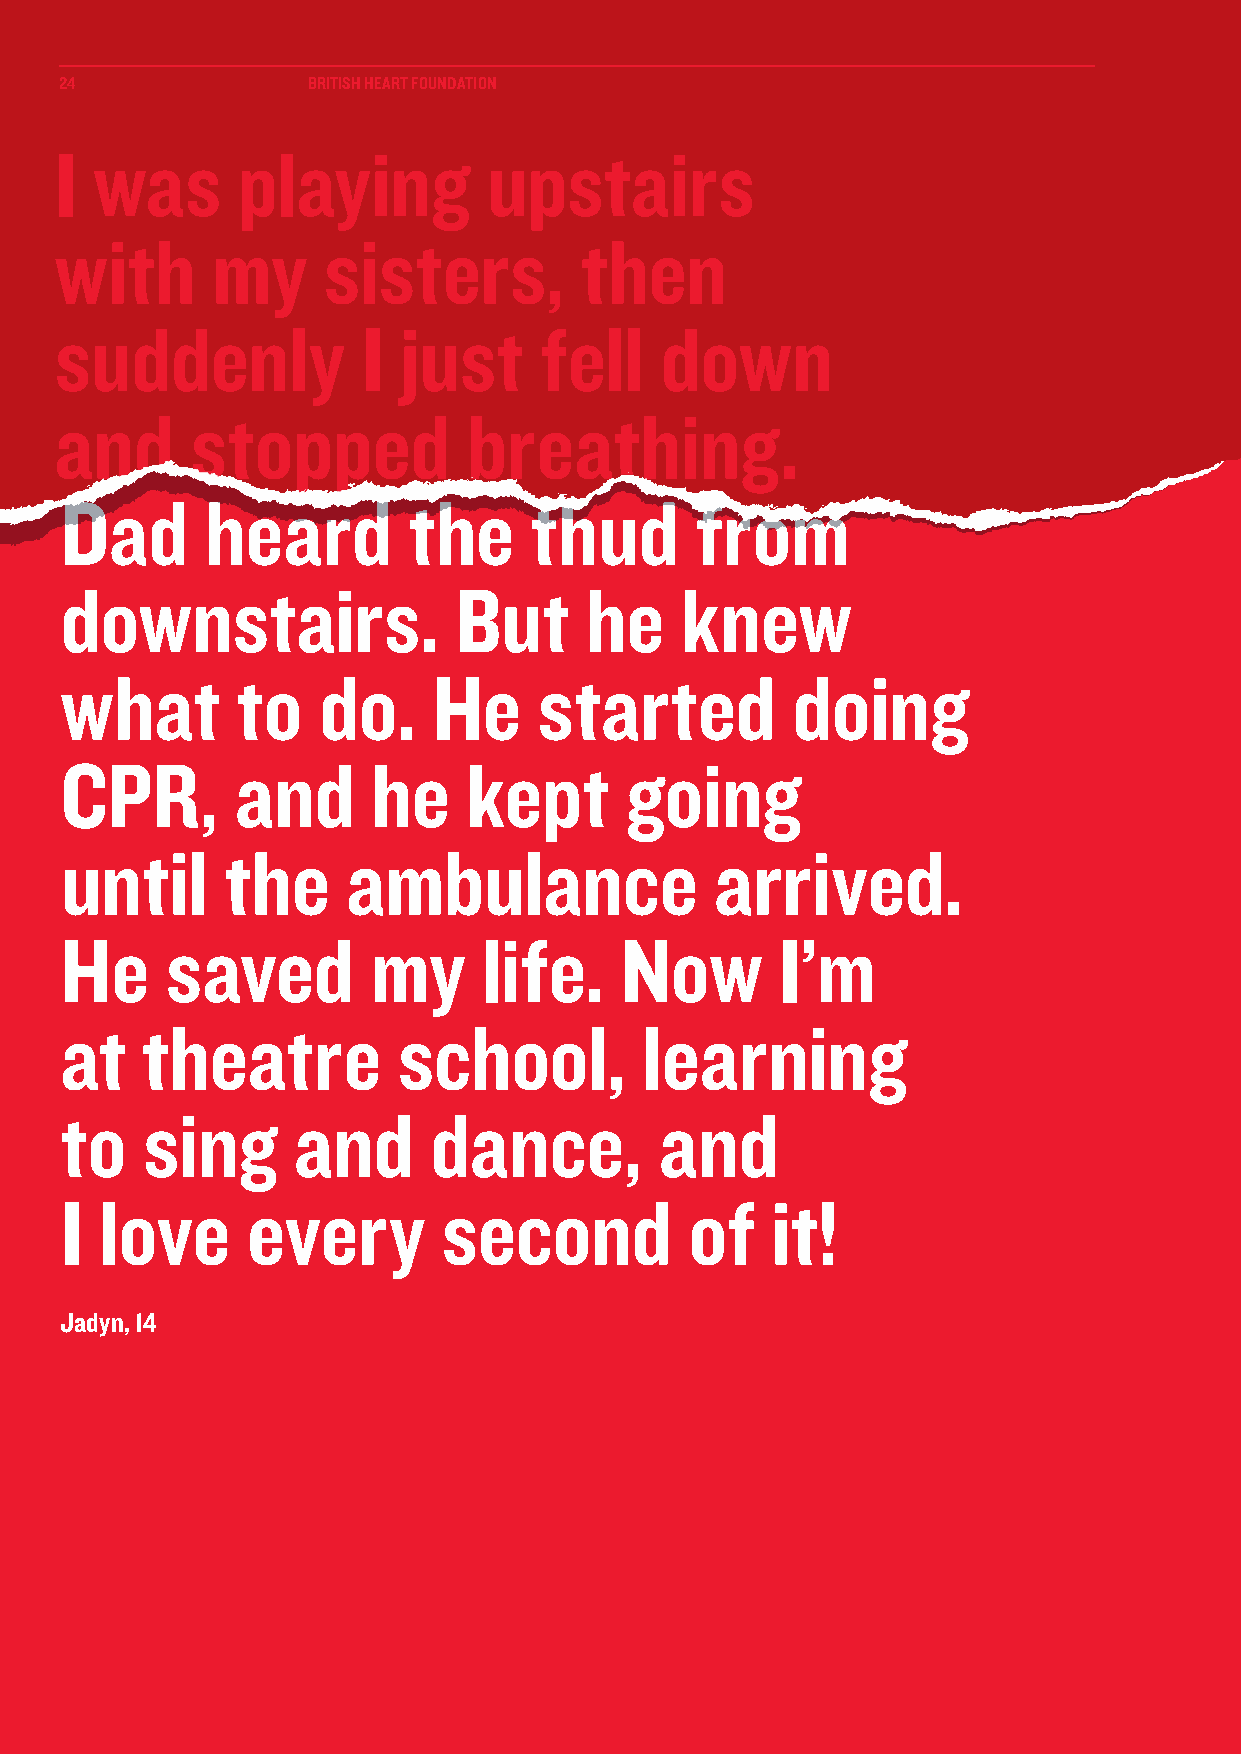
24              BRITISH HEART FOUNDATION
 II wwaass   ppllaayyiinngg  uuppssttaaiirrss
 wwiitthh  mmyy   ssiisstteerrss,, tthheenn
 ssuuddddeennllyy    II jjuusstt ffeellll ddoowwnn
 aanndd   ssttooppppeedd    bbrreeaatthhiinngg..
 Dad       heard        the     thud       from
 downstairs.               But      he    knew
 what        to   do.     He     started         doing
 CPR,        and      he    kept      going
 until      the     ambulance               arrived.
 He     saved        my      life.    Now        I’m
 at   theatre          school,          learning
 to   sing      and      dance,          and
 I  love     every        second           of   it!
 Jadyn, 14